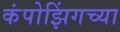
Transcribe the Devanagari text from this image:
कंपोझिंगच्या